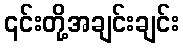
၎င်းတို့အချင်းချင်း